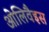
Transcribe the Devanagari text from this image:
ओलिवैइस